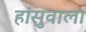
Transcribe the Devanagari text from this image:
हांसुवाला